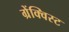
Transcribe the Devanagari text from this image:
ग्रेंक्विस्ट